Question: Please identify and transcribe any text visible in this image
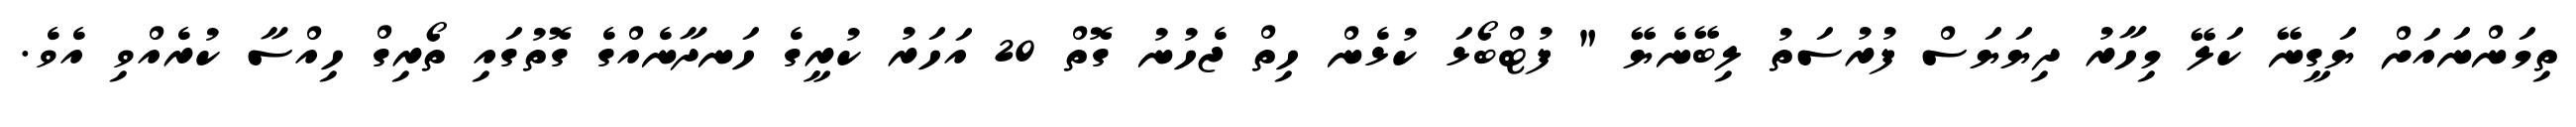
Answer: ތިމަންނައަށް ޔަގީނޭ ކަލޭ މިހާރު ދިޔަޔަސް ފުރުސަތު ލިބޭނެޔޭ " ފުޓްބޯޅަ ކުޅެން ހިތް ޖެހުނު ގޮތް 20 އަހަރު ކުރީގެ ހަނދާނެއްގެ ގޮތުގައި ތޯރިގް ހިއްސާ ކުރެއްވި އެވެ.